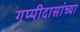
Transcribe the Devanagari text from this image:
गप्पीदासांच्या